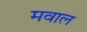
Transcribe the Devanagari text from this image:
मवाल